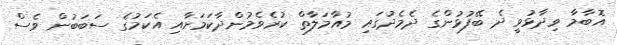
އޮބާމާ ވިދާޅުވީ ދެ ބޭފުޅުންގެ ދެމެދުގައި މުއާމަލާތް ކުރެވެމުންދާކަމަށާއި އެކަމުގެ ސަބަބުން ވެސް